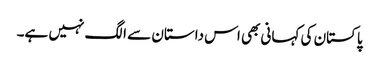
پاکستان کی کہانی بھی اس داستان سے الگ نہیں ہے۔